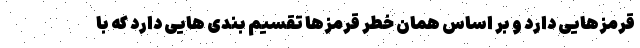
قرمزهایی دارد و بر اساس همان خطر قرمزها تقسیم بندی هایی دارد که با